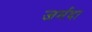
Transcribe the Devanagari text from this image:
जर्मदा